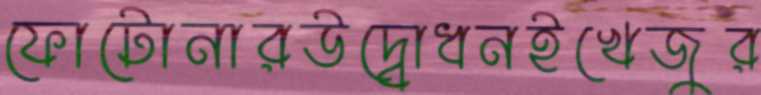
ফোটোনারউদ্বোধনইখেজুর